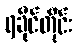
ရခိုင်တိုင်း